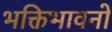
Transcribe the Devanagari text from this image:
भक्तिभावनो